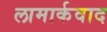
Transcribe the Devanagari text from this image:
लामार्कवाद